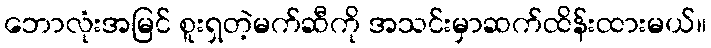
ဘောလုံးအမြင် စူးရှတဲ့မက်ဆီကို အသင်းမှာဆက်ထိန်းထားမယ်။